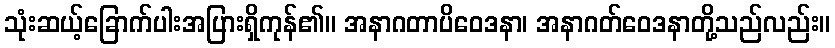
သုံးဆယ့်ခြောက်ပါးအပြားရှိကုန်၏။ အနာဂတာပိဝေဒနာ၊ အနာဂတ်ဝေဒနာတို့သည်လည်း။